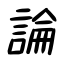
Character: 論